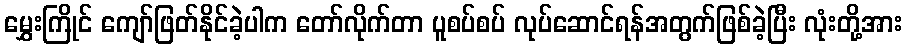
မွှေးကြိုင် ကျော်ဖြတ်နိုင်ခဲ့ပါက တော်လိုက်တာ ပူစပ်စပ် လုပ်ဆောင်ရန်အတွက်ဖြစ်ခဲ့ပြီး လုံးတို့အား